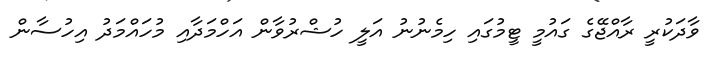
ވާދަކުރީ ރާއްޖޭގެ ގައުމީ ޓީމުގައި ހިމެނުނު އަލީ ހުޝްރުވާން އަހްމަދާއި މުހައްމަދު އިހުސާން